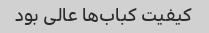
کیفیت کباب‌ها عالی بود